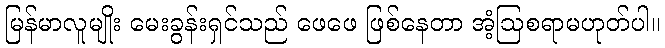
မြန်မာလူမျိုး မေးခွန်းရှင်သည် ဖေဖေ ဖြစ်နေတာ အံ့ဩစရာမဟုတ်ပါ။